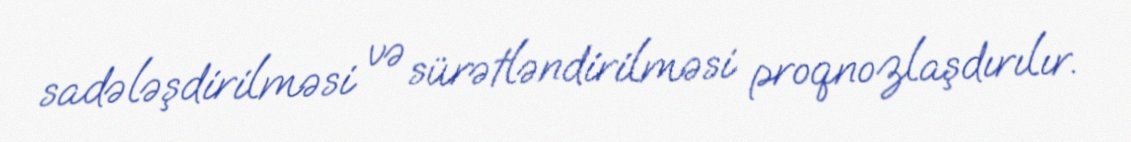
sadələşdirilməsi və sürətləndirilməsi proqnozlaşdırılır.